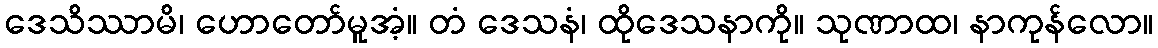
ဒေသိဿာမိ၊ ဟောတော်မူအံ့။ တံ ဒေသနံ၊ ထိုဒေသနာကို။ သုဏာထ၊ နာကုန်လော။